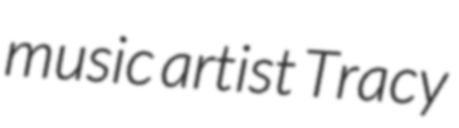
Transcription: music artist Tracy